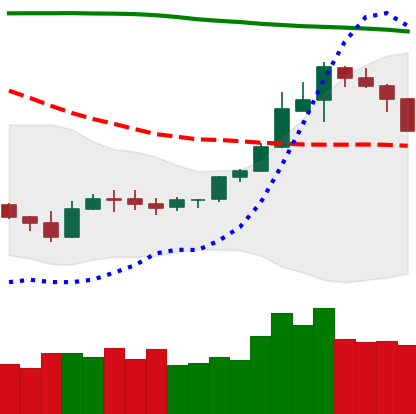
Ticker: ETH-USD
Chart end date: 2019-09-23
Forward return: -13.544%
Label: down_7plus